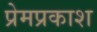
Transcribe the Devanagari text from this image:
प्रेमप्रकाश